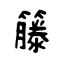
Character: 籐